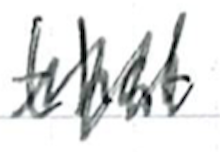
Text: that
Cross-out: zig-zag
Writing tool: ballpoint